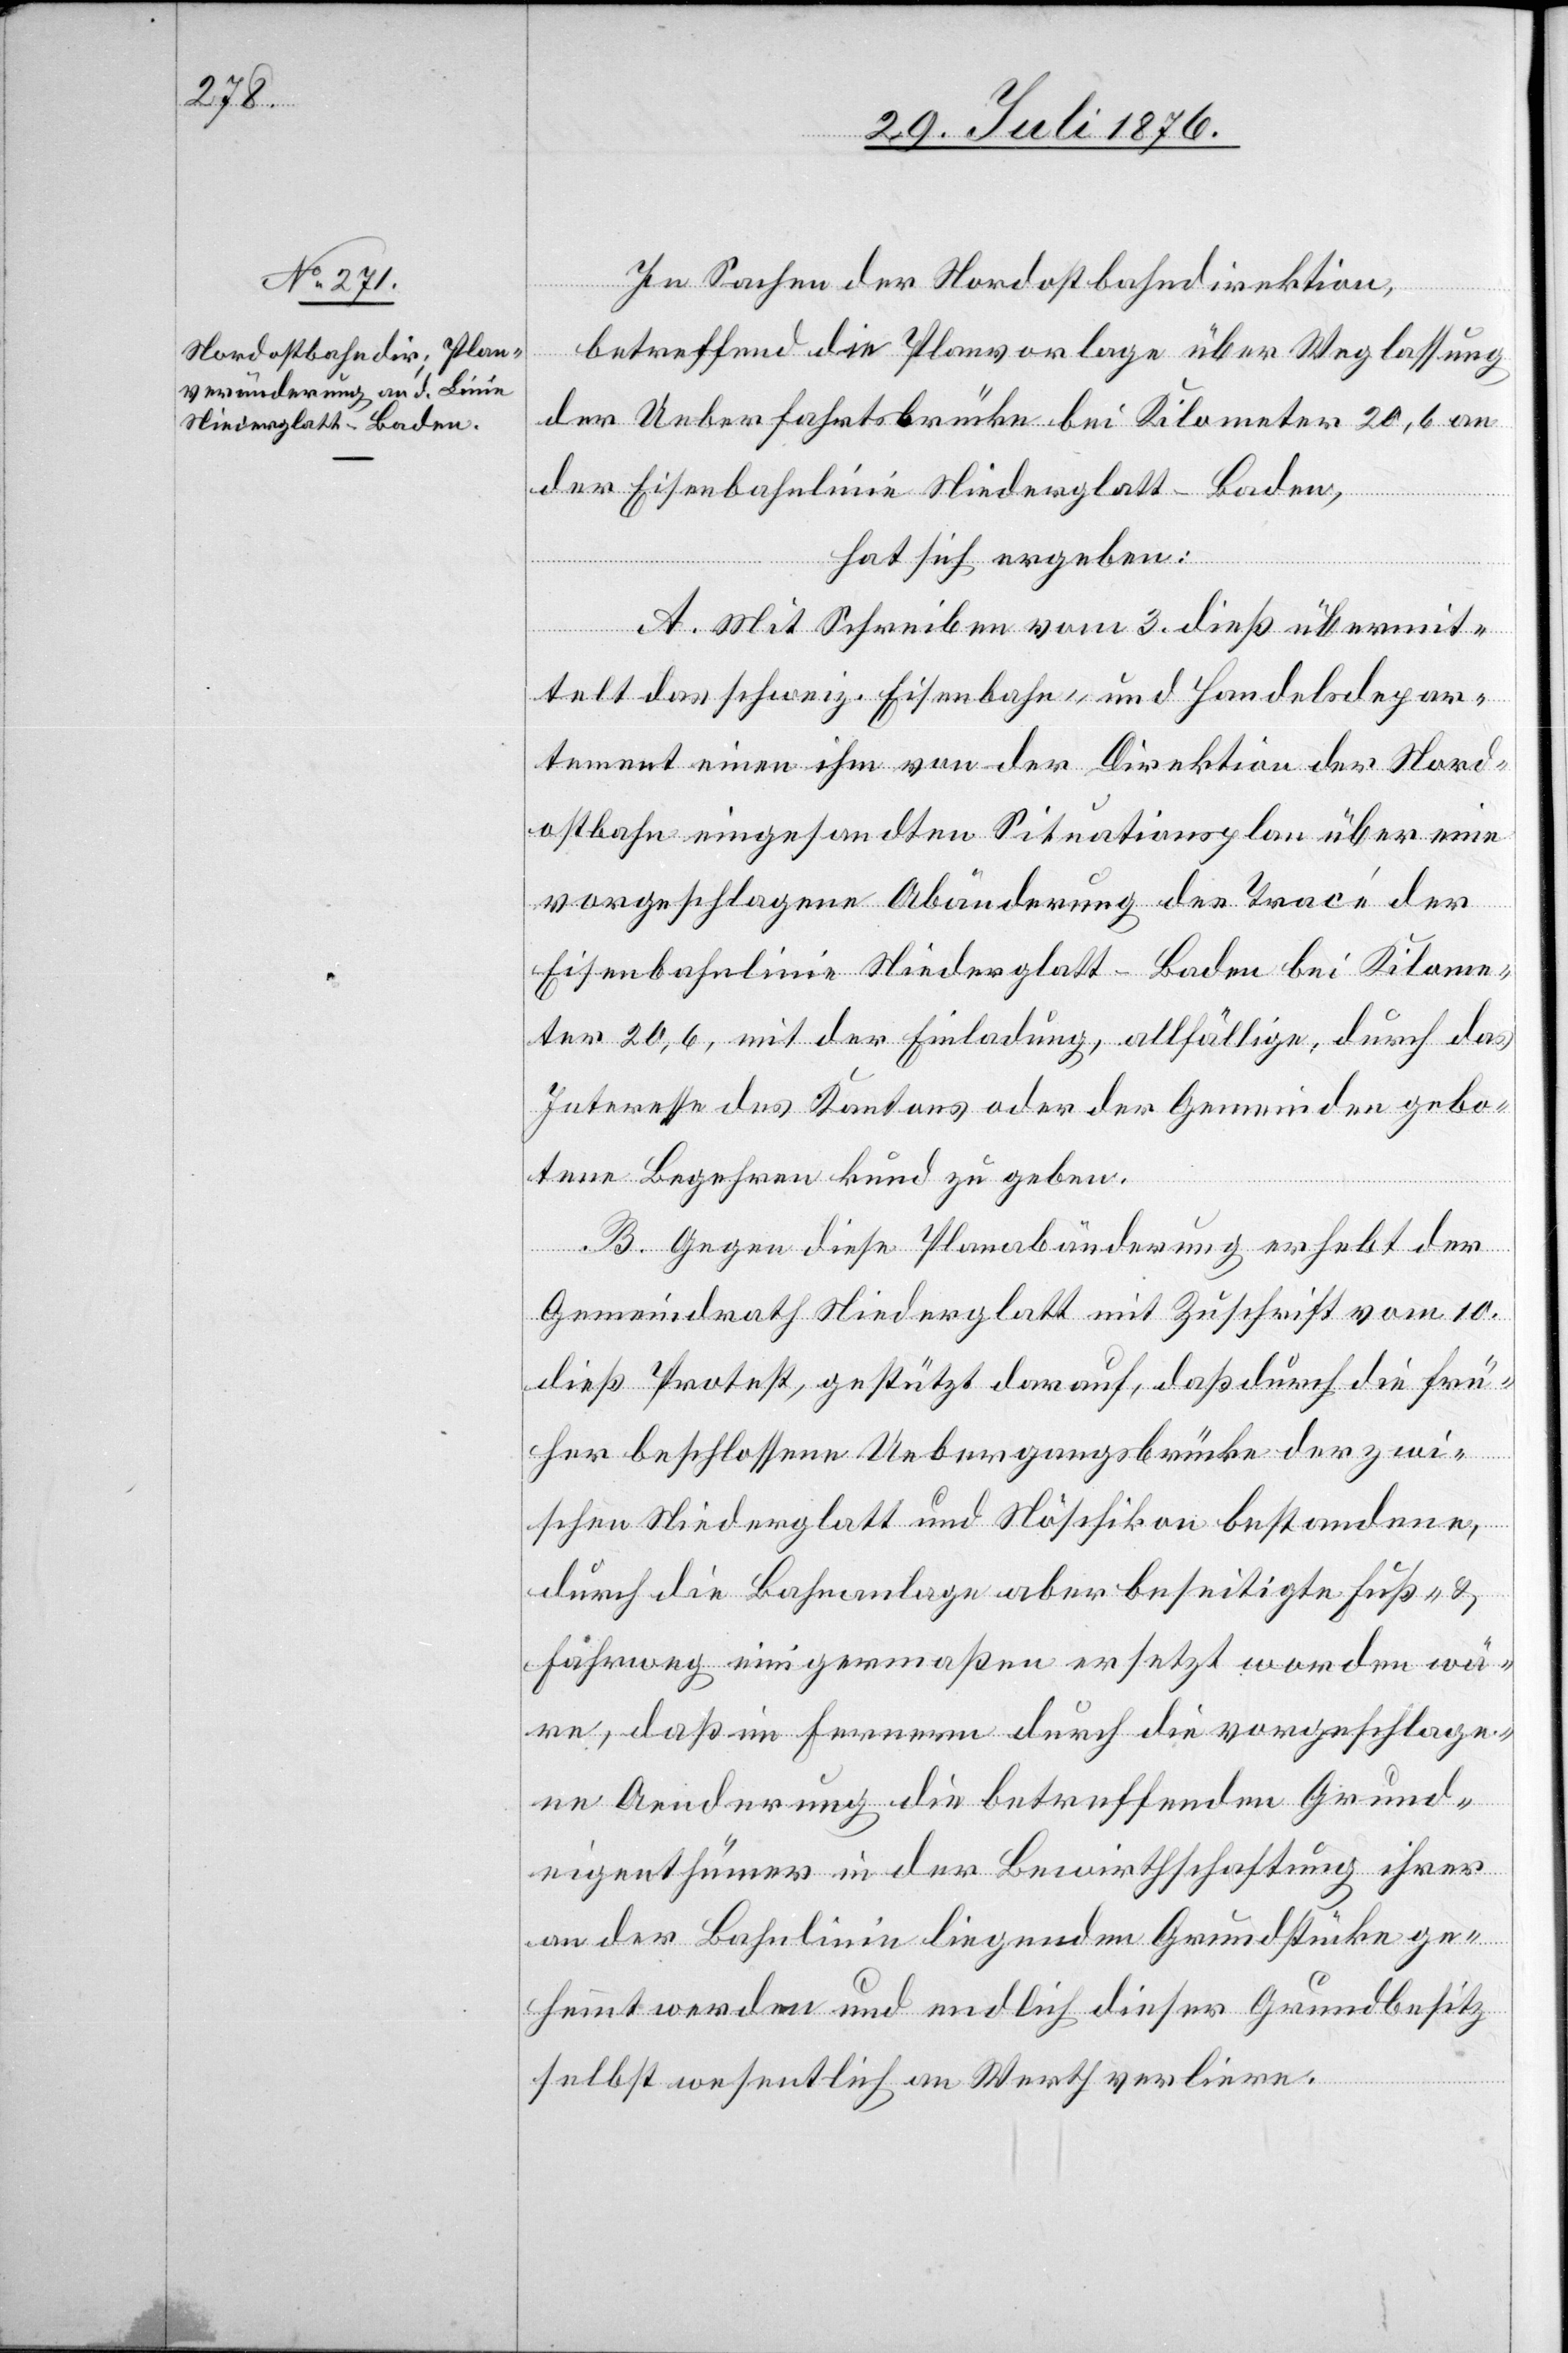
In Sachen der Nordostbahndirektion,
betreffend die Planvorlage über Weglassung
der Ueberfahrtsbrücke bei Kilometer 20,6 an
der Eisenbahnlinie Niederglatt–Baden,
hat sich ergeben:
A. Mit Schreiben vom 3. dieß übermit¬
telt das schweiz. Eisenbahn- und Handelsdepar¬
tement einen ihm von der Direktion der Nord¬
ostbahn eingesandten Situationsplan über eine
vorgeschlagene Abänderung des Tracé der
Eisenbahnlinie Niederglatt–Baden bei Kilome¬
ter 20,6, mit der Einladung, allfällige, durch das
Interesse des Kantons oder der Gemeinden gebo¬
tene Begehren kund zu geben.
B. Gegen diese Planabänderung erhebt der
Gemeindrath Niederglatt mit Zuschrift vom 10.
dieß Protest, gestützt darauf, daß durch die frü¬
her beschlossene Uebergangsbrücke der zwi¬
schen Niederglatt und Nöschikon bestehenden,
durch die Bahnanlage aber beseitigte Fuß- &
Fährweg einigermaßen ersetzt worden wä¬
re, daß im Fernern durch die vorgeschlage¬
ne Aenderung die betreffenden Grund¬
eigenthümer in der Bewirtschaftung ihrer
an der Bahnlinie liegenden Grundstücke ge¬
hemmt werden und endlich dieser Grundbesitz
selbst wesentlich an Werth verliere.